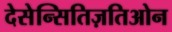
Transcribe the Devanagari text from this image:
देसेन्सितिज़तिओन